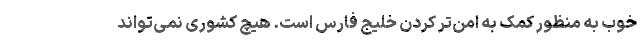
خوب به منظور کمک به امن‌تر کردن خلیج فارس است. هیچ کشوری نمی‌تواند